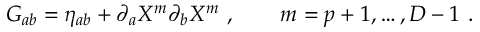
G _ { a b } = \eta _ { a b } + \partial _ { a } X ^ { m } \partial _ { b } X ^ { m } \ , \qquad m = p + 1 , \ldots , D - 1 \ .